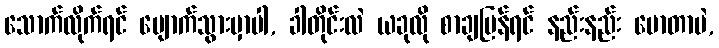
သောက်လိုက်ရင် ပျောက်သွားမှာပါ, ခါတိုင်းလဲ ယခုလို စာချပြန်ရင် နည်းနည်း မောတာပဲ,